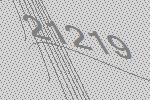
21219